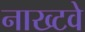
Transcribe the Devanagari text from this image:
नाख्टवे